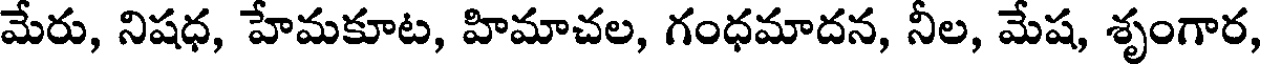
మేరు, నిషధ, హేమకూట, హిమాచల, గంధమాదన, నీల, మేష, శృంగార,